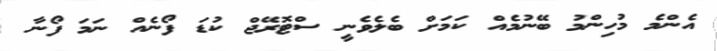
އެންމެ މުހިންމު ބޭނުމެއް ކަމަށް ބެލެވެނީ ސްޓޮރޭޖް ކުޑަ ފޯނެއް ނަމަ ފޯނާ